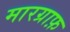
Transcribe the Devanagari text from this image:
मारग्राफ़